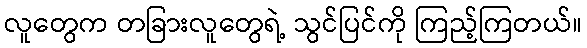
လူတွေက တခြားလူတွေရဲ့ သွင်ပြင်ကို ကြည့်ကြတယ်။